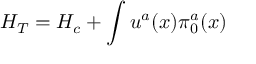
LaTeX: H _ { T } = H _ { c } + \int u ^ { a } ( x ) \pi _ { 0 } ^ { a } ( x )